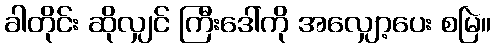
ခါတိုင်း ဆိုလျှင် ကြီးဒေါ်ကို အလျှော့ပေး စမြဲ။